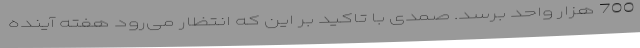
700 هزار واحد برسد. صمدی با تاکید بر این که انتظار می‌رود هفته آینده